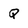
Character: Q